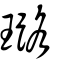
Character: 璐